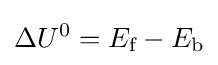
\Delta U^{0}=E_{\text{f}}-E_{\text{b}}